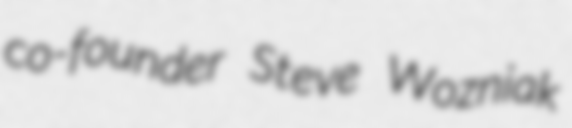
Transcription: co-founder Steve Wozniak